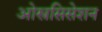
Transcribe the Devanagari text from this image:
ओस्त्रसिसेशन